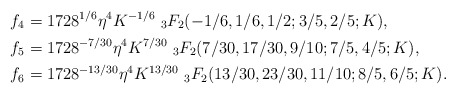
\begin{align*}f_4&=1728^{1/6}\eta^{4}K^{-1/6}\ _{3}F_2(-1/6, 1/6, 1/2; 3/5, 2/5; K), \\f_5 &=1728^{-7/30}\eta^{4}K^{7/30}\ _{3}F_2(7/30, 17/30, 9/10; 7/5, 4/5; K),\\f_6&=1728^{-13/30}\eta^{4}K^{13/30}\ _{3}F_2(13/30, 23/30, 11/10; 8/5, 6/5; K).\end{align*}